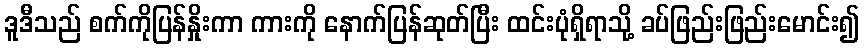
ဒူဒီသည် စက်ကိုပြန်နှိုးကာ ကားကို နောက်ပြန်ဆုတ်ပြီး ထင်းပုံရှိရာသို့ ခပ်ဖြည်းဖြည်းမောင်း၍